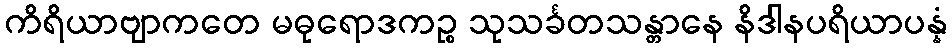
ကိရိယာဗျာကတေ မဓုရောဒကဉ္စ သုသင်္ခတသန္တာနေ နိဒါနပရိယာပန္နံ